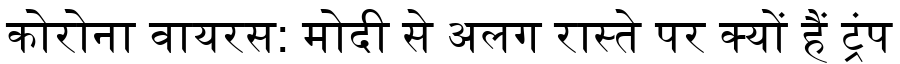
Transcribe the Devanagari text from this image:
कोरोना वायरस: मोदी से अलग रास्ते पर क्यों हैं ट्रंप